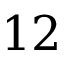
1 2